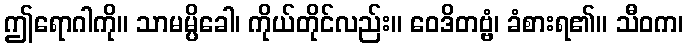
ဤရောဂါကို။ သာမမ္ပိခေါ၊ ကိုယ်တိုင်လည်း။ ဝေဒိတဗ္ဗံ၊ ခံစားရ၏။ သီဝက၊